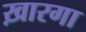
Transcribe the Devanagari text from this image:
ख़ारगा